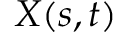
{ \ensuremath \boldsymbol { X } } ( s , t )